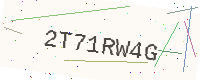
Text: 2T71RW4G